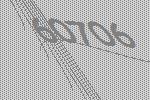
60706